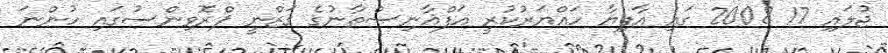
ޖުލައި 17 2008 ގައި އާފިޔާ ހައްޔަރުކުރީ އަފްޣާނިސްތާނުގެ ގަޒްނީ ޕްރޮވިންސުގައި ހުންނަ